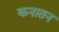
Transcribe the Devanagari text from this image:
कनातन